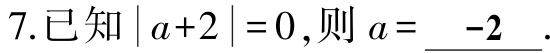
7.已知\(\vert a + 2\vert = 0\),则\(a = \underline{-2}\).